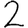
Digit: 2